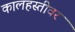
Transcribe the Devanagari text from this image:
कालहस्तीवर